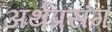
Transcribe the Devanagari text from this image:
अर्थप्रसंग